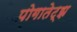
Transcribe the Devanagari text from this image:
पोगातेट्झ